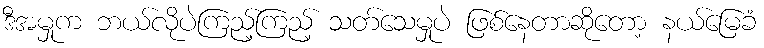
ဒီအမှုက ဘယ်လိုပဲကြည့်ကြည့် သတ်သေမှုပဲ ဖြစ်နေတာဆိုတော့ နယ်မြေခံ